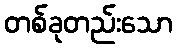
တစ်ခုတည်းသော